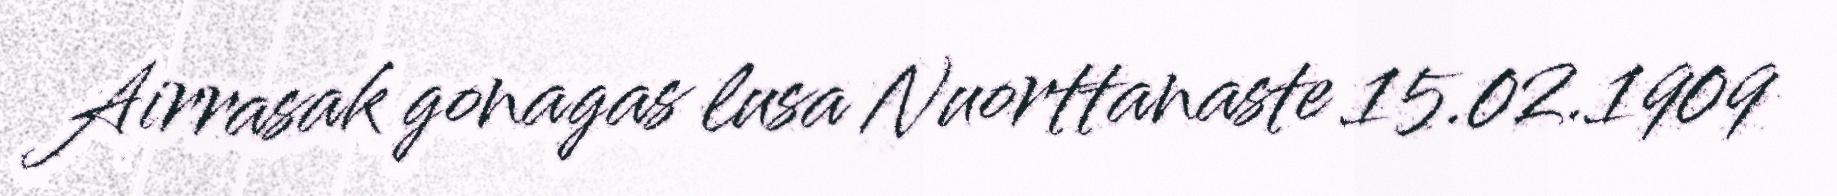
Airrasak gonagas lusa Nuorttanaste 15.02.1909